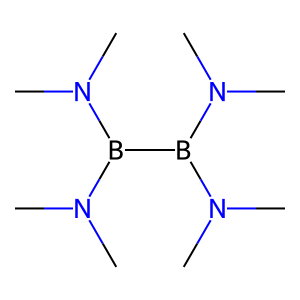
SMILES: CN(C)B(B(N(C)C)N(C)C)N(C)C
Inhibits HIV replication: No